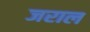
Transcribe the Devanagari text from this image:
जराल